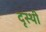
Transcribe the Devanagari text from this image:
दृस्थी